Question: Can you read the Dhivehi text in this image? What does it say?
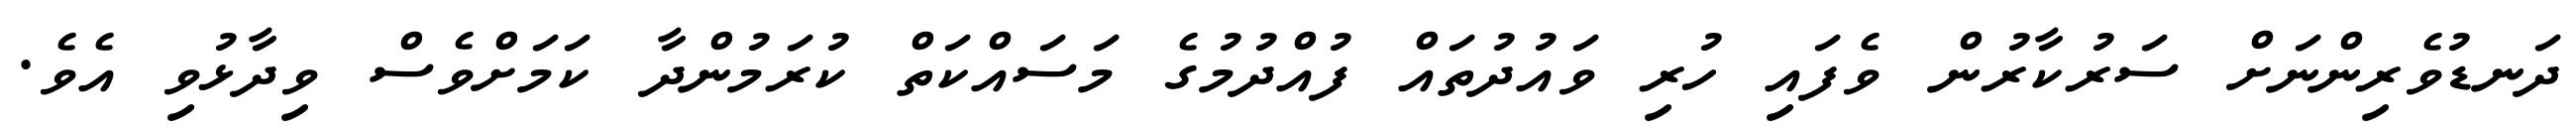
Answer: ދަނޑުވެރިންނަށް ސަރުކާރުން ވެފައި ހުރި ވައުދުތައް ފުއްދުމުގެ މަސައްކަތް ކުރަމުންދާ ކަމަށްވެސް ވިދާޅުވި އެވެ.